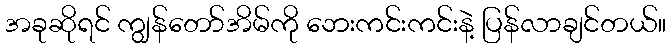
အခုဆိုရင် ကျွန်တော်အိမ်ကို ဘေးကင်းကင်းနဲ့ ပြန်လာချင်တယ်။